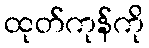
ထုတ်ကုန်ကို